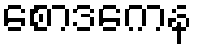
စောဒကေန